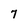
Character: 7